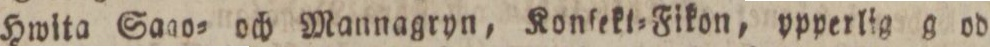
Hwita Sago= och Mannagryn, Konſekt=Fikon, yperlig g od